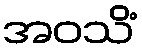
အဝသိံ